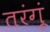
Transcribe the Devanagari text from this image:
तरंगूं